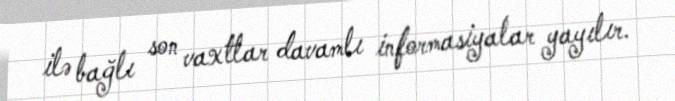
ilə bağlı son vaxtlar davamlı informasiyalar yayılır.